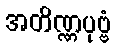
အတိဏ္ဏပုဗ္ဗံ